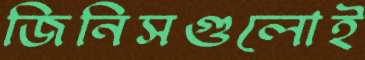
জিনিসগুলোই